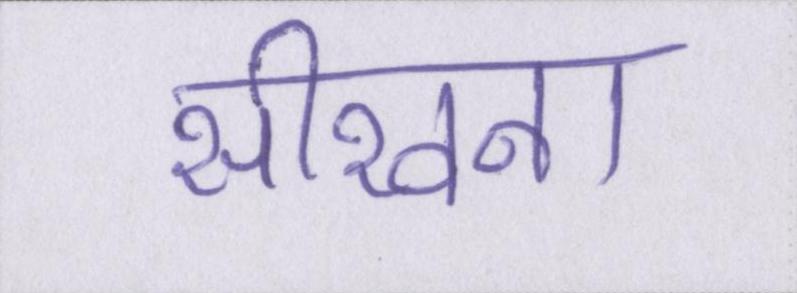
सीखना